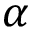
\alpha